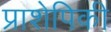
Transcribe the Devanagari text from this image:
प्राशेपिकी